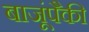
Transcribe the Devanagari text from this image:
बाजूंपैकी